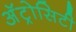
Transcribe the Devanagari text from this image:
अॅट्रोसिटी